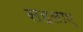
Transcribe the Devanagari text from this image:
सहलाए